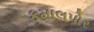
કમાલપોર